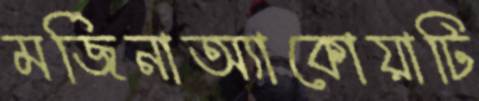
মর্জিনাঅ্যাকোয়াটি